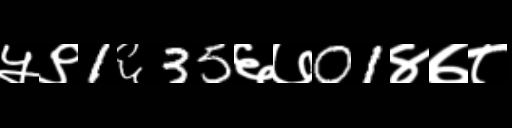
Text: ५९1६35६७01४७८